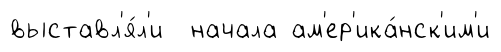
выставл'я́л'и начала ам'ер'ика́нск'им'и